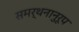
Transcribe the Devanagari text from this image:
समर्थनानुरूप